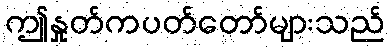
ဤနှုတ်ကပတ်တော်များသည်